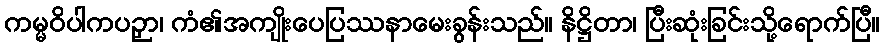
ကမ္မဝိပါကပဉှာ၊ ကံ၏အကျိုးပေပြဿနာမေးခွန်းသည်။ နိဋ္ဌိတာ၊ ပြီးဆုံးခြင်းသို့ရောက်ပြီ။